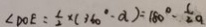
\angle D O E = \frac { 1 } { 2 } \times ( 3 6 0 ^ { \circ } \cdot a ) = 1 8 0 ^ { \circ } \cdot \frac { 1 } { 2 } a